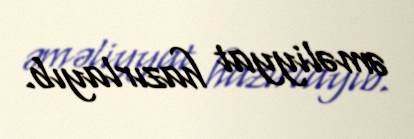
əməliyyat hazırlayıb.